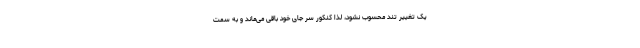
یک تغییر تند محسوب نشود، لذا کنکور سر جای خود باقی می‌ماند و به سمت